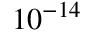
1 0 ^ { - 1 4 }